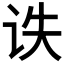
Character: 𰵙